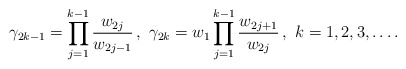
\begin{align*}\gamma_{2k-1}=\prod_{j=1}^{k-1}\frac{w_{2j}}{w_{2j-1}}\,,\mbox{ }\gamma_{2k}=w_{1}\prod_{j=1}^{k-1}\frac{w_{2j+1}}{w_{2j}}\,,\mbox{ }k=1,2,3,\ldots.\end{align*}